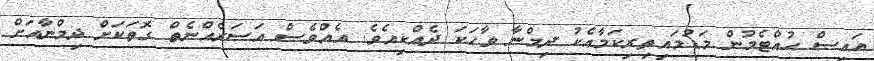
އައިސް ހުއްޓެމުން މަޑުމައިތިރިކަމާއެކު ދިމްނާ ވާހަކަ ދެއްކިއެވެ. އެއްވެސް އަސަރެއްނެތް ގޮތަކަށް ދިމްނާއަށް